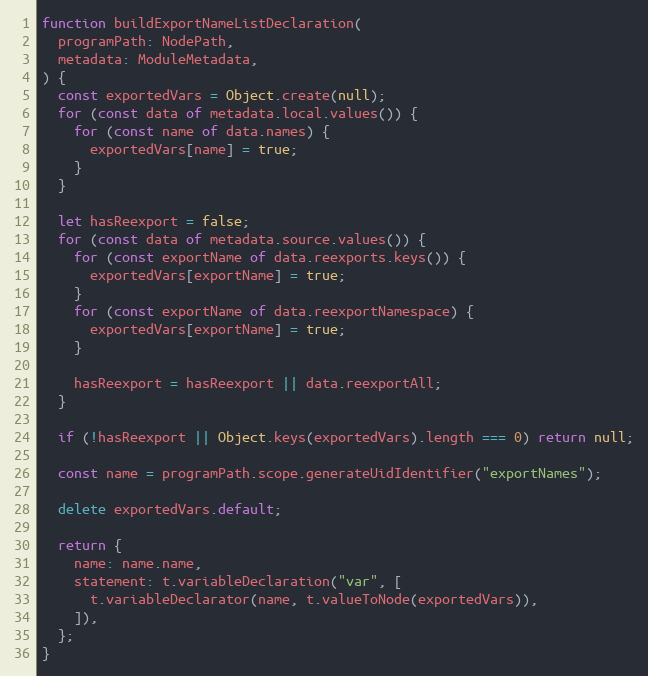
Language: JavaScript
function buildExportNameListDeclaration(
  programPath: NodePath,
  metadata: ModuleMetadata,
) {
  const exportedVars = Object.create(null);
  for (const data of metadata.local.values()) {
    for (const name of data.names) {
      exportedVars[name] = true;
    }
  }

  let hasReexport = false;
  for (const data of metadata.source.values()) {
    for (const exportName of data.reexports.keys()) {
      exportedVars[exportName] = true;
    }
    for (const exportName of data.reexportNamespace) {
      exportedVars[exportName] = true;
    }

    hasReexport = hasReexport || data.reexportAll;
  }

  if (!hasReexport || Object.keys(exportedVars).length === 0) return null;

  const name = programPath.scope.generateUidIdentifier("exportNames");

  delete exportedVars.default;

  return {
    name: name.name,
    statement: t.variableDeclaration("var", [
      t.variableDeclarator(name, t.valueToNode(exportedVars)),
    ]),
  };
}